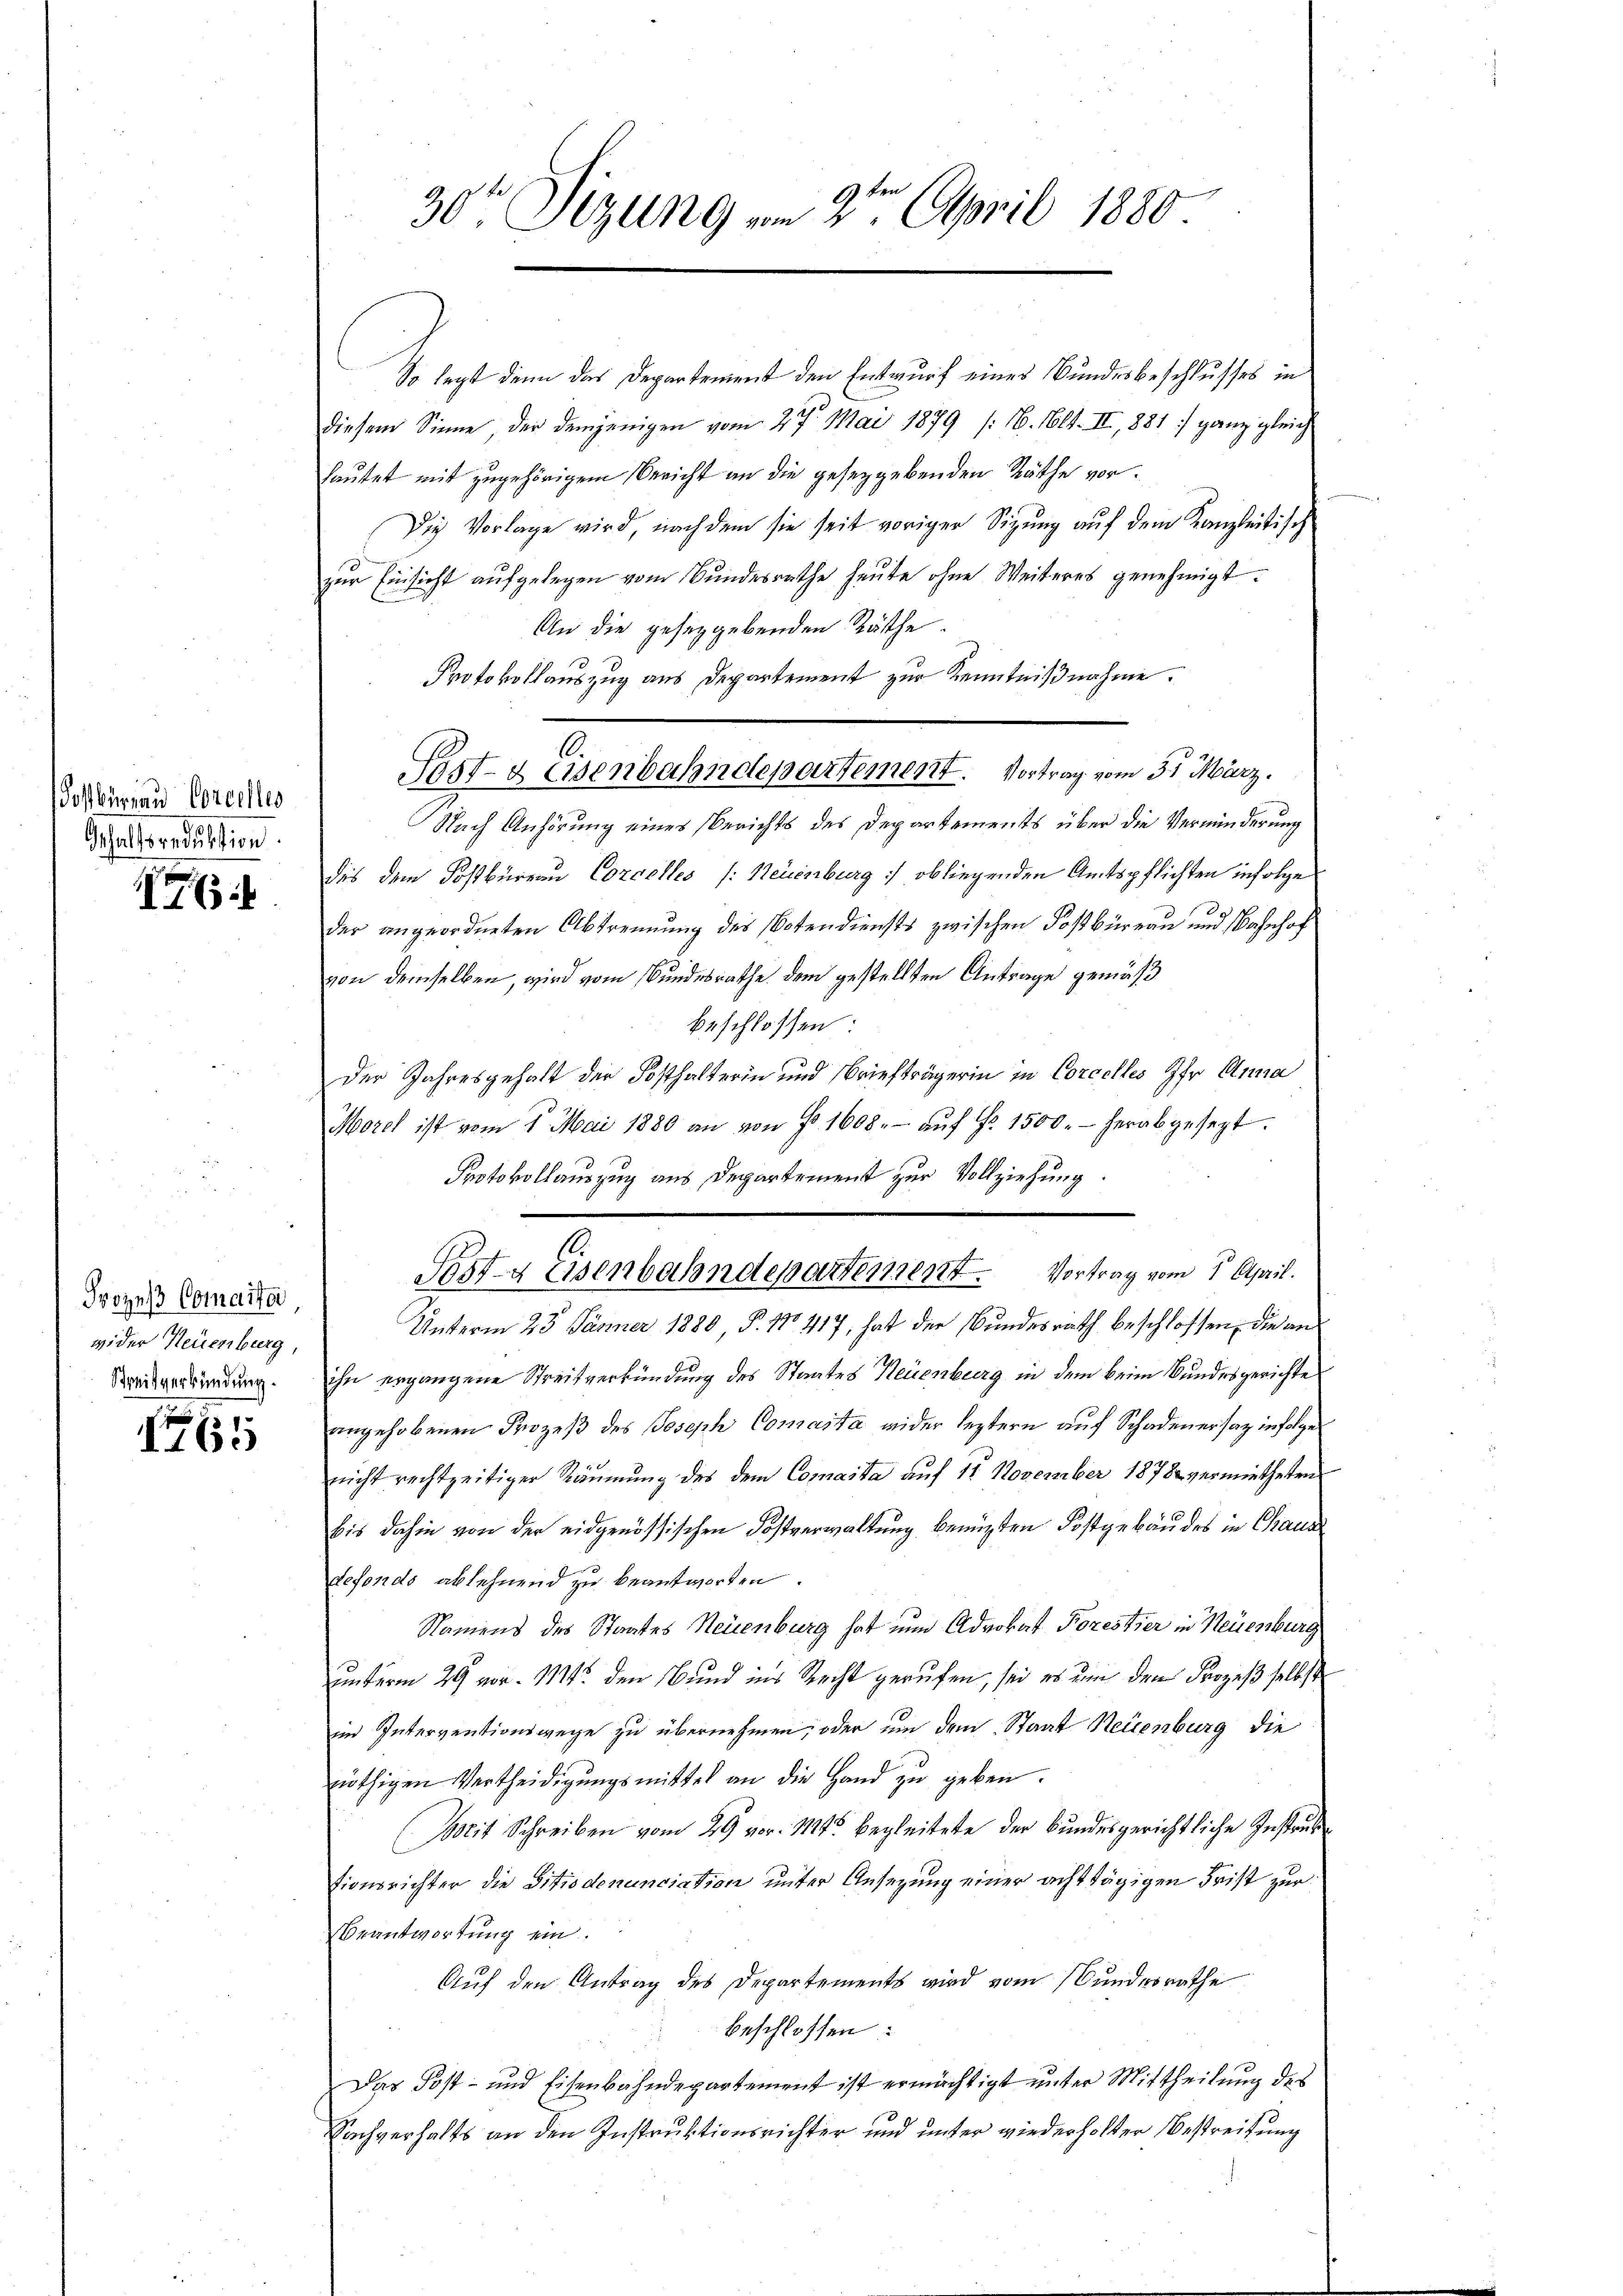
dostbüreau Concelles
Gehaltsreduktion

6

Prozeß Comaita
wider Neuenburg,
Schreitverkündung.

30ten Sizung vom 2te͇n April 1880.

So legt denn das Departement den Entwurf eines Bundesbeschlusses in
diesem Sinne der demjenigen vom 27. Mai 1879 (16. Mlt. II,881] ganz gleich
hautet mit zugehörigem Bericht an die gesetzgebenden Räthe vor.
Die Vorlage wird, nach dem sie seit voriger Sigung auf dem Kanzleitisch
zur Einsicht aufgelegen vom Bundesrathe heute ohne Weiteres genehmigt.
An die gesetzgebenden Räthe.
Protokollauszug aus Departement zur Kenntnißnahme.
.
Nach Anhörung eines Berichts des Departements über die Verminderung
des dem Postbüreau Corcelles /: Neuenburg :/ obliegenden Amtspflichten infolge
g
der angeordneten Abtrennung des Botendiensts zwischen Postbüreau und Bahnhof
von demselben, wird vom Bundesrathe dem gestellten Antrage gemäß
beschlossen:
der Jahresgehalt der Posthalterin und Briefträgerin in Corcelles Ihr Anna
Morel ist vom 1. Mai 1880 an von § 1608. aŭf Fr. 1500.- herabgesezt.
Protokollauszug aus Departement zur Vollziehung.
10.
Post- Eisenbahndepartement. Vortrag vom 1. April.
Unterm 23. Jänner 1880, P. No 417, hat der Bundesrath beschlossen, die an
ihn ergangene Streitverkündung des Staates Neuenburg in dem beim Bundesgerichte
angehobenen Prozeß des Joseph Comanta wider leztern auf Schadenersaz infolge
nicht rechtzeitiger Räumung des dem Commasta auf 11 November 1878 vermietheten
bis dahin von der eidgenössischen Kostverwaltung benuzten Kostgebäudes in Chaus
defonds ablehnend zu beantworten.
Namens des Staates Neuenburg hat nun Advokat Porestier in Neuenburg
unterm 29 vor. Mt. den Bund ins Recht gerufen, sei es um den Prozeß selbst
im Interventionswege zu übernehmen, oder um dem Staat Neuenburg die
nöthigen Vertheidigŭngsmittel an die Hand zu geben.
Wocit Schreiben vom 29 vor. Mts. begleitete der Bundesgerichtliche Instruktionsrichter die Sitiodenunciation unter Ansezung einer achttägigen Frist zur
Beantwortung ein
Auf den Antrag des Departements wird vom Bundesrathe
beschlossen:
Das Post- und Eisenbahndepartement ist ermächtigt unter Mittheilung des
Sachverhalts an den Instruktionsrichter und unter wiederholter Bestreitung

Post- & Eisenbahndepartement. Vortrag vom 31. März.